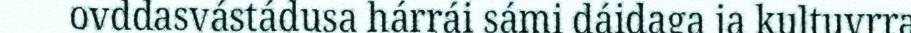
ovddasvástádusa hárrái sámi dáidaga ja kultuvrra